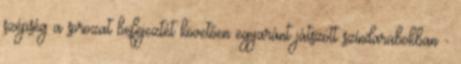
szépség a sorozat befejeztét követően egyaránt játszott színdarabokban -